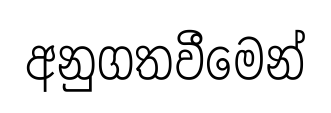
අනුගතවීමෙන්